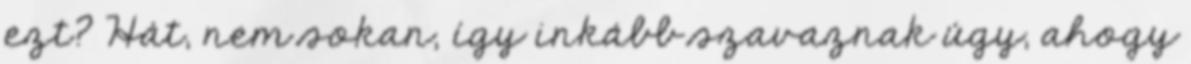
ezt? Hát, nem sokan, így inkább szavaznak úgy, ahogy